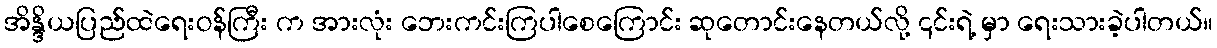
အိန္ဒိယပြည်ထဲရေးဝန်ကြီး က အားလုံး ဘေးကင်းကြပါစေကြောင်း ဆုတောင်းနေတယ်လို့ ၎င်းရဲ့ မှာ ရေးသားခဲ့ပါတယ်။